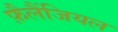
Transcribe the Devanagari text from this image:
फ़ैलैंजियल